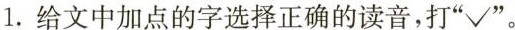
1.给文中加点的字选择正确的读音，打”√”。